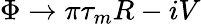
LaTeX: \Phi\to\pi\tau_{m}R-iV